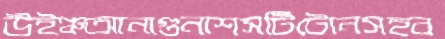
উইঞ্চআনাগুনাশসটিটোনসহব